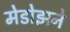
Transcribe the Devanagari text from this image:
मेडोझने